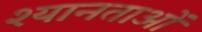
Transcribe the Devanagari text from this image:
श्यानताओं